Vabadussoja_Ajaloo_Komitee, lk 11
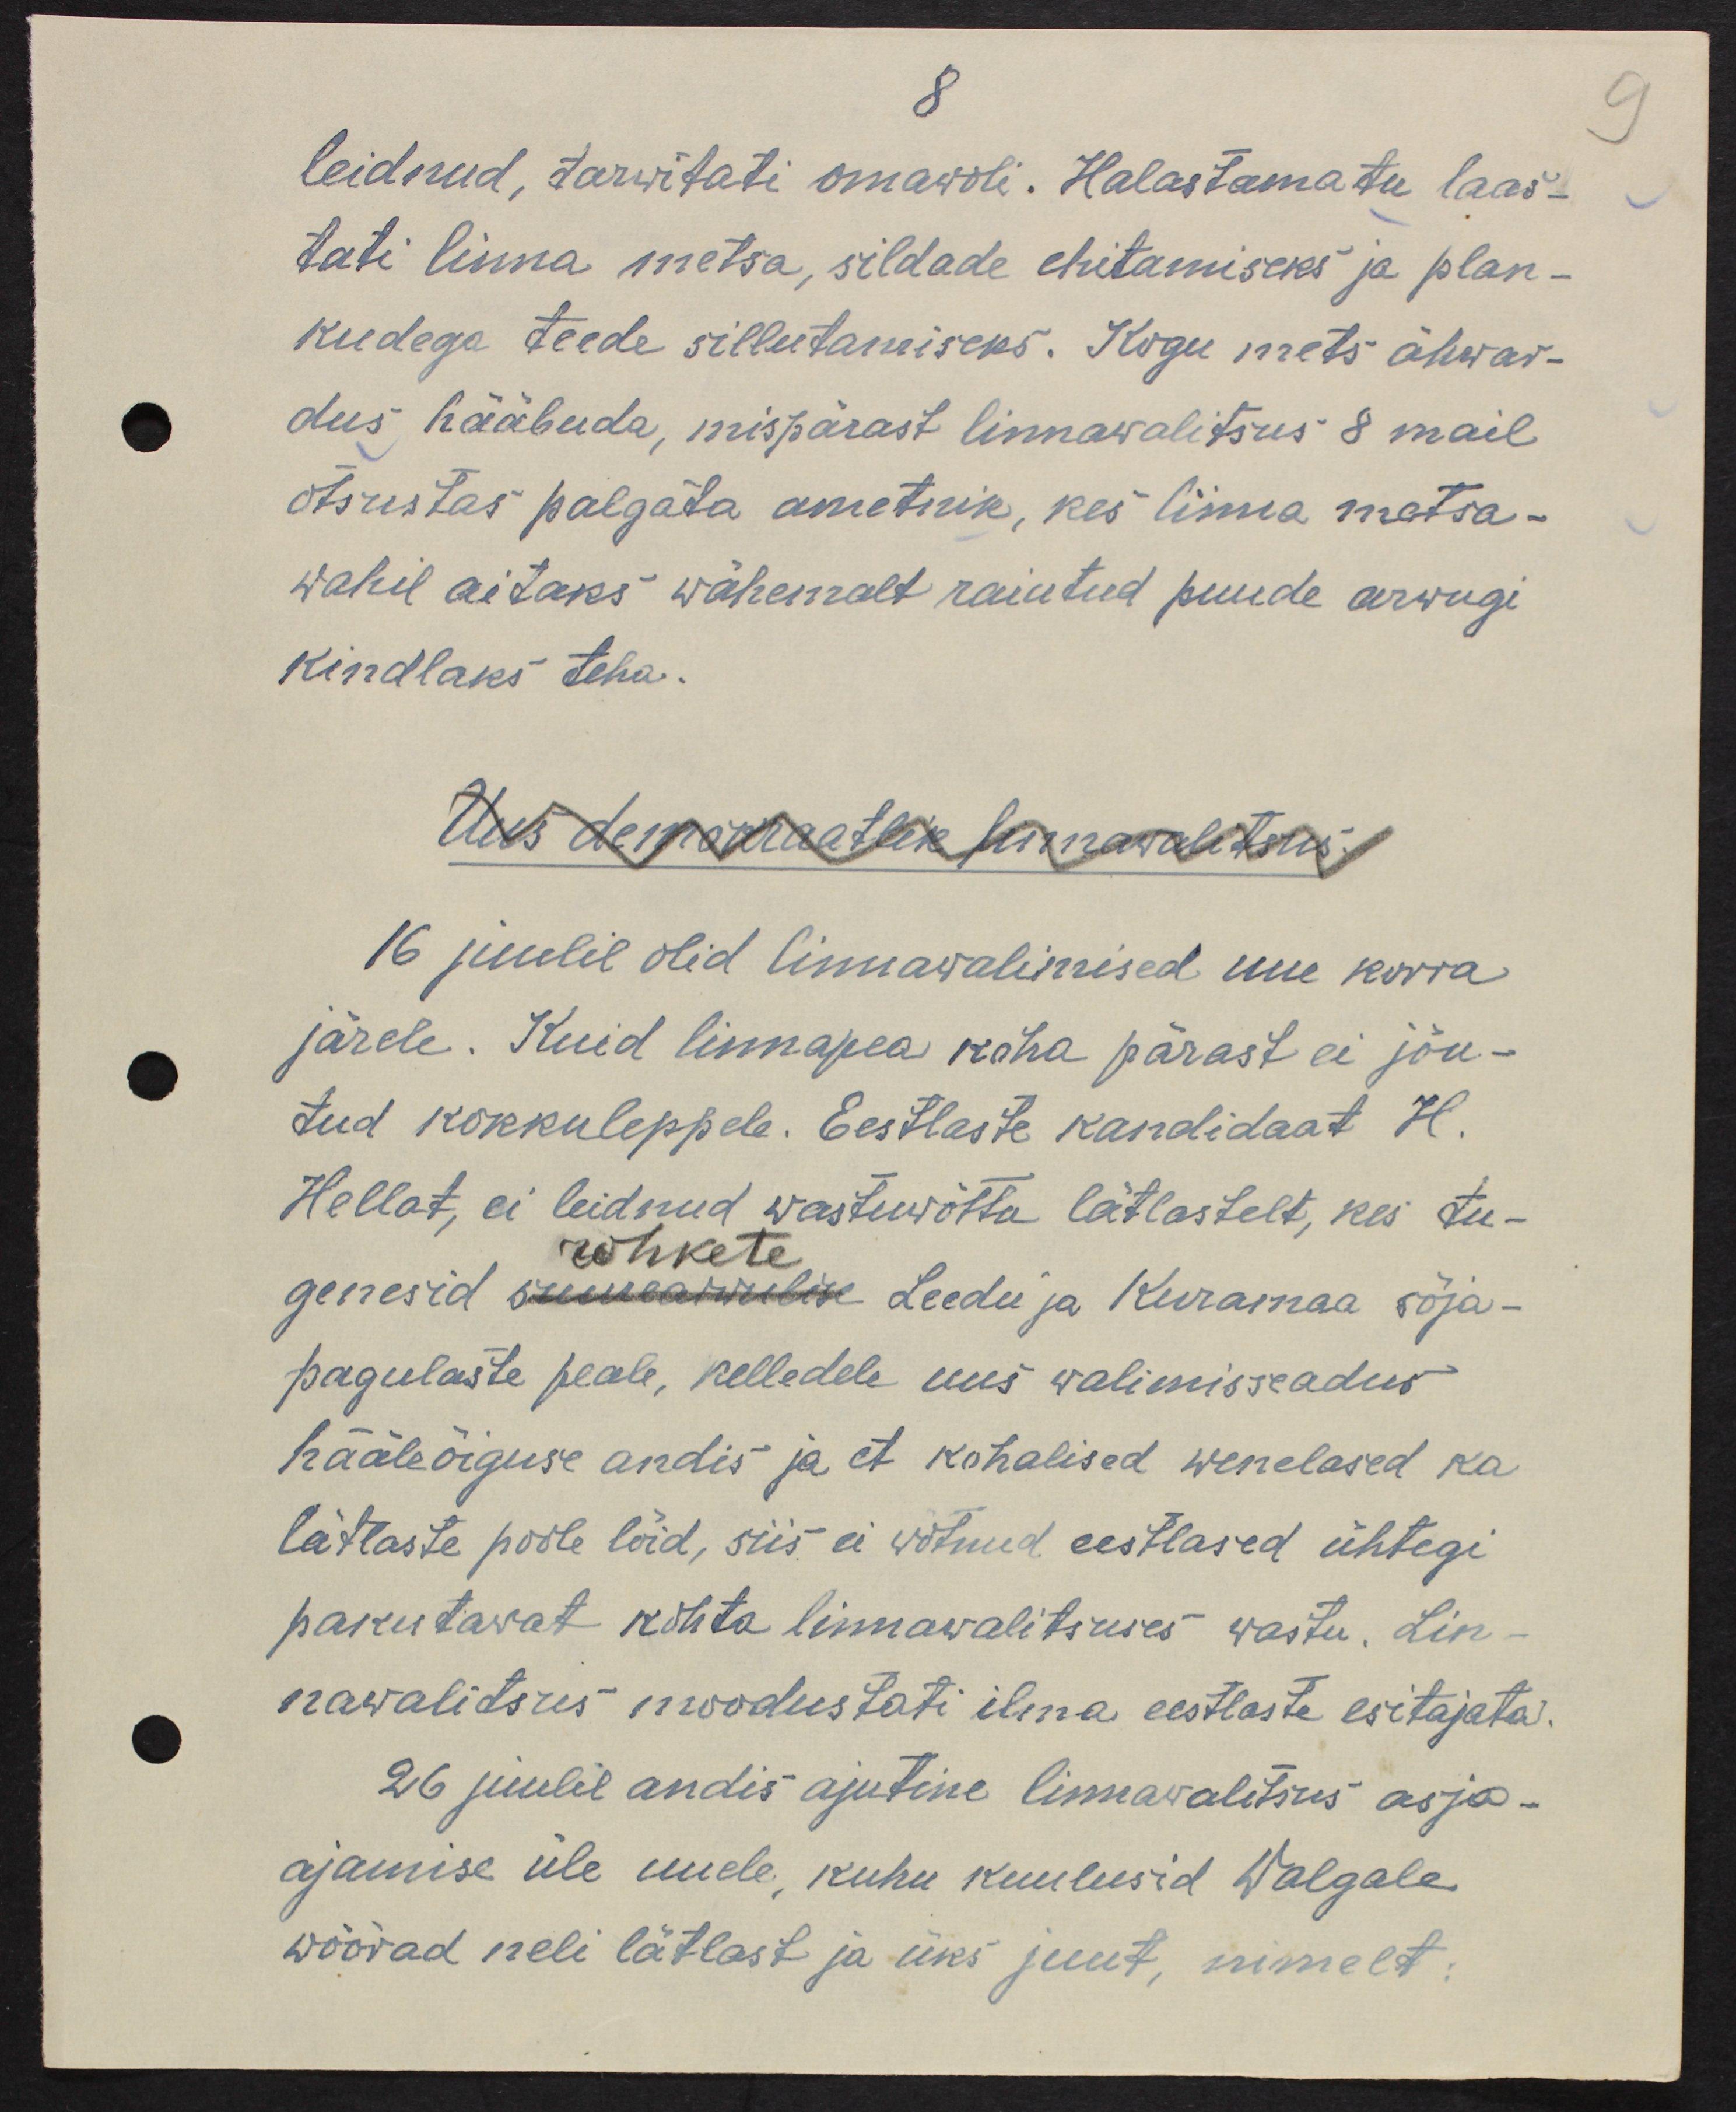
8
leidnud, tarwitati omawoli. Halastamatu laas-
tati linna metsa, sildade ehitamiseks ja plan-
kudega teede sillutamiseks. Kogu mets ähwar-
dus hääbuda, mispärast linnavalitsus 8 mail
otsustas palgata ametnik, kes linna metsa-
wahil aitaks wähemalt raiutud puude arwugi
kindlaks teha.
Uus demokraatlik linnawalitsus
16 juulil olid linnawalimised uue korra
järele. Kuid linnapea koha pärast ei jõu-
tud kokkuleppele. Eestlaste kandidaat H.
Hellat, ei leidnud wastuwõttu lätlastelt, kes tu-
rohkete
genesid suurearwulise Leedu ja Kuramaa sõja-
pagulaste peale, kellede uus walimisseadus
hääleõiguse andis ja et kohalised wenelased ka
lätlaste poole lõid, siis ei wõtnud eestlased ühtegi
pakutawat kohta linnawalitsuses wastu. Lin-
nawalitsus moodustati ilma eestlaste esitajata.
26 juulil andis ajutine linnawalitsus asja-
ajamise üle uuele, kuhu kuulusid Walgale
wõõrad neli lätlast ja üks juut, nimelt: